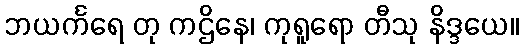
ဘယင်္ကရေ တု ကဌိနေ၊ ကုရူရော တီသု နိဒ္ဒယေ။